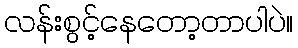
လန်းစွင့်နေတော့တာပါပဲ။